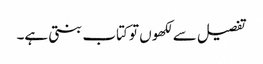
تفصیل سے لکھوں تو کتاب بنتی ہے۔